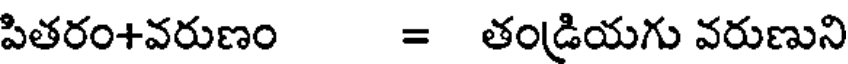
పితరం+వరుణం = తండ్రియగు వరుణుని